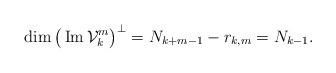
LaTeX: \begin{align*}\dim \big(\operatorname{Im}\mathcal V_k^m\big)^\perp = N_{k+m-1}-r_{k,m}=N_{k-1}.\end{align*}